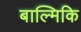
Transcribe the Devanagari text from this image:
बाल्मिकि